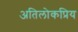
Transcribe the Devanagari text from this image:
अतिलोकप्रिय